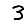
Digit: 3